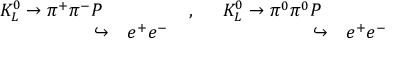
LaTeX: \begin{array} { r l r l } { { K _ { L } ^ { 0 } \to \pi ^ { + } \pi ^ { - } P ~ } } & { { ~ ~ ~ ~ ~ ~ ~ ~ ~ ~ , } } & { { K _ { L } ^ { 0 } \to \pi ^ { 0 } \pi ^ { 0 } P ~ } } & { { } } \\ { { \hookrightarrow } } & { { e ^ { + } e ^ { - } ~ ~ ~ ~ ~ ~ } } & { { \hookrightarrow } } & { { e ^ { + } e ^ { - } } } \end{array} \nonumber